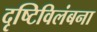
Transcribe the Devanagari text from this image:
दृष्टिविलंबना